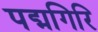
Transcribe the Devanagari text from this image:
पद्मगिरि